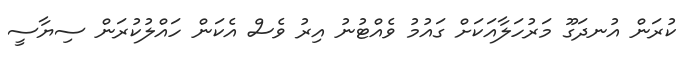
ކުރަން އުނދަގޫ މަރުހަލާއަކަށް ގައުމު ވެއްޓުނު އިރު ވެސް އެކަން ހައްލުކުރަން ސިޔާސީ